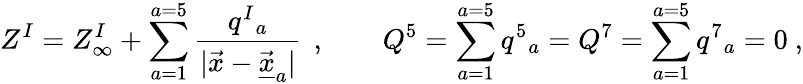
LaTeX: Z^{I}=Z_{\infty}^{I}+\sum_{a=1}^{a=5}{\frac{q^{I}{}_{a}}{|\vec{x}-\vec{\underline{{{x}}}}_{a}|}}\, \ ,\qquad Q^{5}=\sum_{a=1}^{a=5}q^{5}{}_{a}=Q^{7}=\sum_{a=1}^{a=5}q^{7}{}_{a}=0\ ,